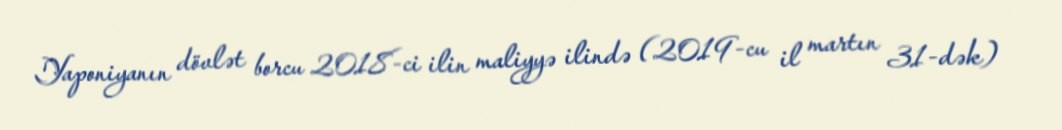
Yaponiyanın dövlət borcu 2018-ci ilin maliyyə ilində (2019-cu il martın 31-dək)